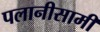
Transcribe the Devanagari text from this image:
पलानीसामी